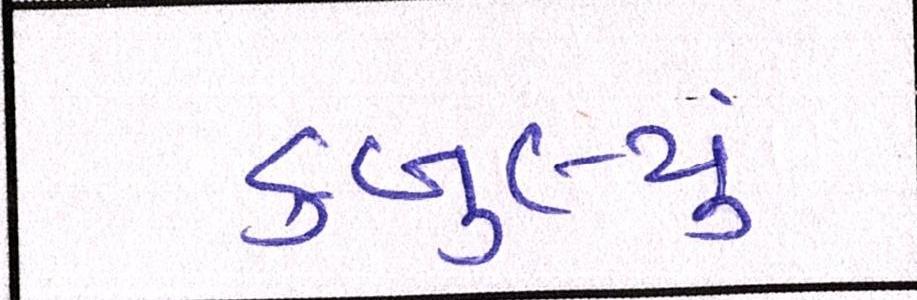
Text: કબુલ્યું